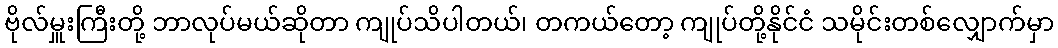
ဗိုလ်မှူးကြီးတို့ ဘာလုပ်မယ်ဆိုတာ ကျုပ်သိပါတယ်၊ တကယ်တော့ ကျုပ်တို့နိုင်ငံ သမိုင်းတစ်လျှောက်မှာ